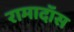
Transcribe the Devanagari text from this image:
रामादॉस